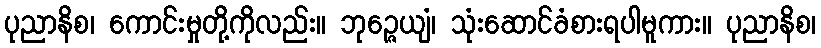
ပုညာနိစ၊ ကောင်းမှုတို့ကိုလည်း။ ဘုဉ္ဇေယျံ၊ သုံးဆောင်ခံစားရပါမူကား။ ပုညာနိစ၊